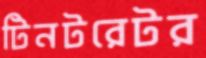
টিনটরেটর